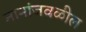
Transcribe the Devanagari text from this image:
नानांजवळील